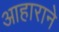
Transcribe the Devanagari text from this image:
आहाराने